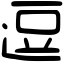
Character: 逗